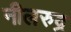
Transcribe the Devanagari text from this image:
नीलरुद्र